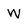
Character: w